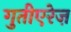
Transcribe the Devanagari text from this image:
गुतीएरेज़